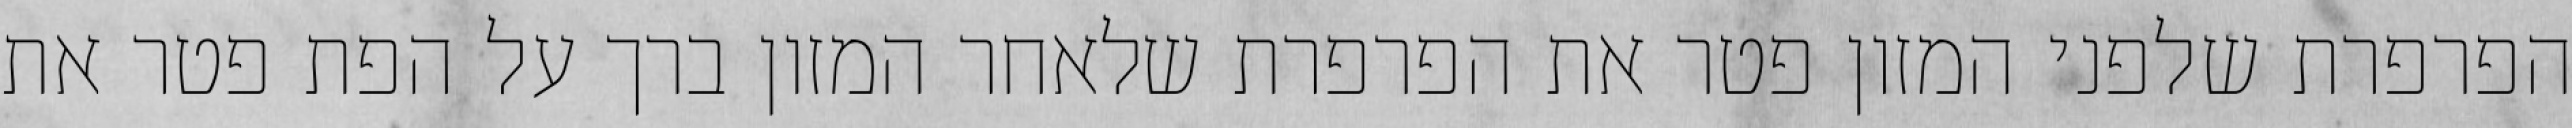
הפרפרת שלפני המזון פטר את הפרפרת שלאחר המזון ברך על הפת פטר את